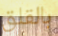
بالقلق